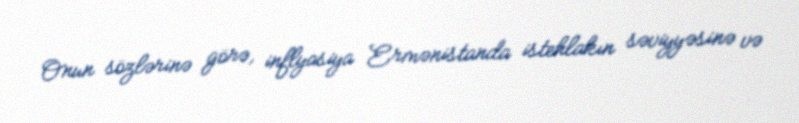
Onun sözlərinə görə, inflyasiya Ermənistanda istehlakın səviyyəsinə və